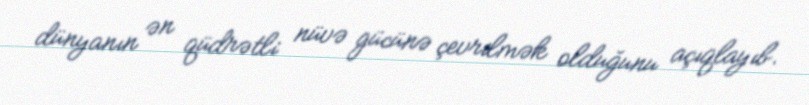
dünyanın ən qüdrətli nüvə gücünə çevrilmək olduğunu açıqlayıb.